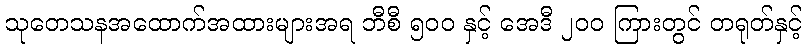
သုတေသနအထောက်အထားများအရ ဘီစီ ၅၀၀ နှင့် အေဒီ ၂၀၀ ကြားတွင် တရုတ်နှင့်